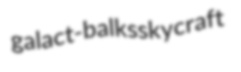
galact- balks skycraft